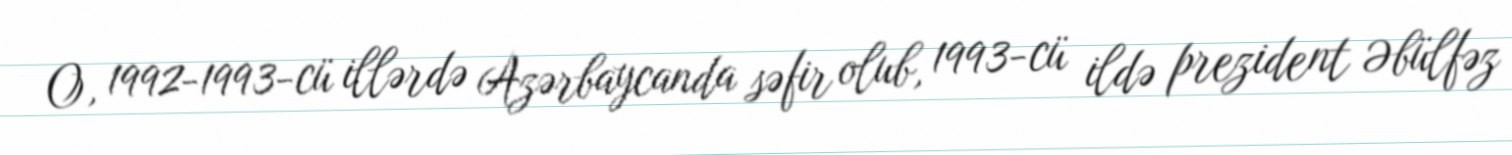
O, 1992-1993-cü illərdə Azərbaycanda səfir olub, 1993-cü ildə prezident Əbülfəz